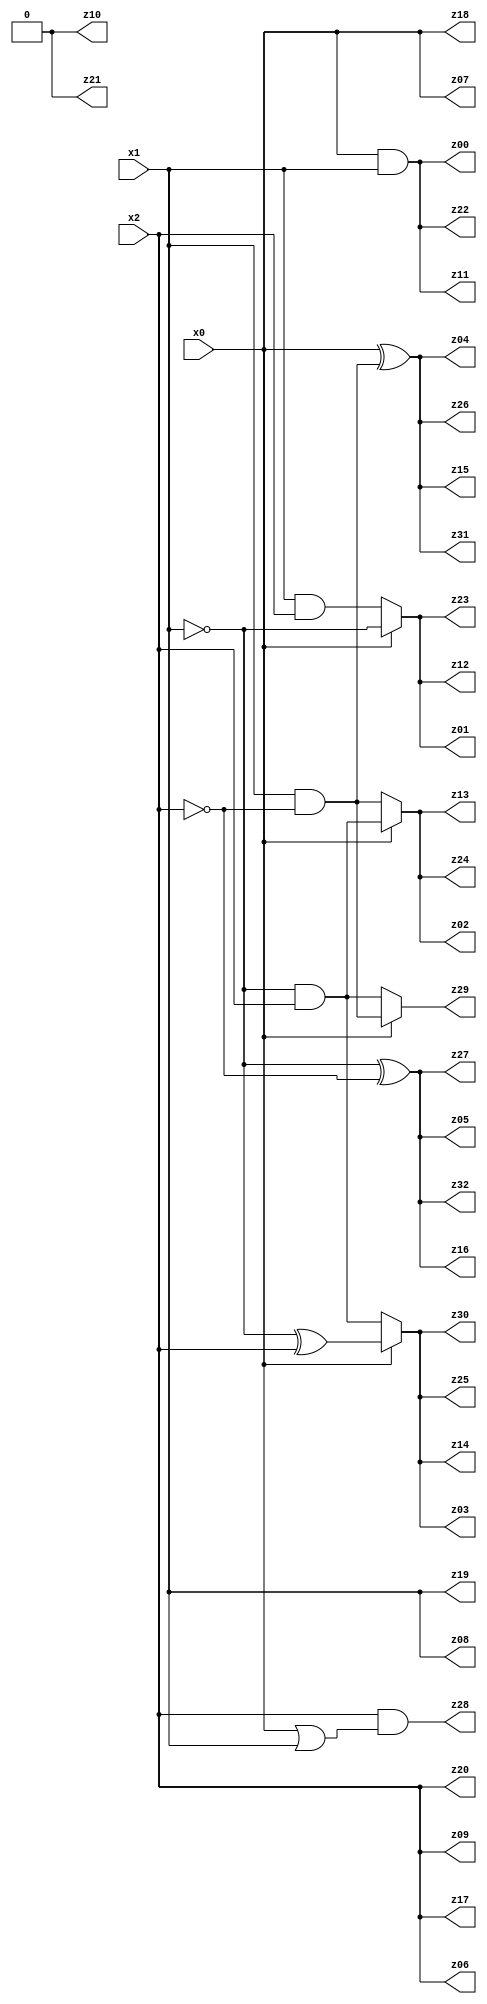
// Benchmark "q_5" written by ABC on Mon Jul 03 17:58:04 2023

module q_5 ( 
    x0, x1, x2,
    z00, z01, z02, z03, z04, z05, z06, z07, z08, z09, z10, z11, z12, z13,
    z14, z15, z16, z17, z18, z19, z20, z21, z22, z23, z24, z25, z26, z27,
    z28, z29, z30, z31, z32  );
  input  x0, x1, x2;
  output z00, z01, z02, z03, z04, z05, z06, z07, z08, z09, z10, z11, z12, z13,
    z14, z15, z16, z17, z18, z19, z20, z21, z22, z23, z24, z25, z26, z27,
    z28, z29, z30, z31, z32;
  assign z10 = 1'b0;
  assign z00 = x0 & x1;
  assign z01 = x0 ? ~x1 : (x1 & x2);
  assign z02 = x0 ? (~x1 & x2) : (x1 & ~x2);
  assign z03 = x0 ? (~x1 ^ x2) : (~x1 & x2);
  assign z04 = x0 ^ (x1 & ~x2);
  assign z05 = ~x1 ^ ~x2;
  assign z28 = x2 & (x0 | x1);
  assign z29 = x0 ? (x1 & ~x2) : (~x1 & x2);
  assign z06 = x2;
  assign z07 = x0;
  assign z08 = x1;
  assign z09 = x2;
  assign z11 = x0 & x1;
  assign z12 = x0 ? ~x1 : (x1 & x2);
  assign z13 = x0 ? (~x1 & x2) : (x1 & ~x2);
  assign z14 = x0 ? (~x1 ^ x2) : (~x1 & x2);
  assign z15 = x0 ^ (x1 & ~x2);
  assign z16 = ~x1 ^ ~x2;
  assign z17 = x2;
  assign z18 = x0;
  assign z19 = x1;
  assign z20 = x2;
  assign z21 = z10;
  assign z22 = x0 & x1;
  assign z23 = x0 ? ~x1 : (x1 & x2);
  assign z24 = x0 ? (~x1 & x2) : (x1 & ~x2);
  assign z25 = x0 ? (~x1 ^ x2) : (~x1 & x2);
  assign z26 = x0 ^ (x1 & ~x2);
  assign z27 = ~x1 ^ ~x2;
  assign z30 = x0 ? (~x1 ^ x2) : (~x1 & x2);
  assign z31 = x0 ^ (x1 & ~x2);
  assign z32 = ~x1 ^ ~x2;
endmodule